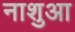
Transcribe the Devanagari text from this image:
नाशुआ